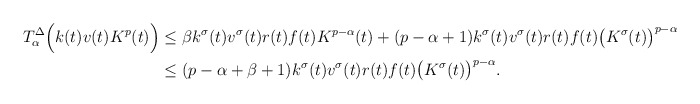
\begin{align*}T_\alpha^\Delta \Big(k(t)v(t)K^p(t)\Big)&\leq\beta k^\sigma(t)v^\sigma(t)r(t)f(t)K^{p-\alpha}(t)+(p-\alpha+1)k^\sigma(t)v^\sigma(t)r(t)f(t)\big(K^\sigma(t)\big)^{p-\alpha}\\&\leq(p-\alpha+\beta+1)k^\sigma(t)v^\sigma(t)r(t)f(t)\big(K^\sigma(t)\big)^{p-\alpha}.\end{align*}